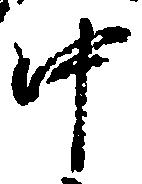
中